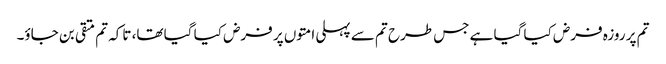
تم پر روزہ فرض کیا گیا ہے جس طرح تم سے پہلی امتوں پر فرض کیا گیا تھا، تاکہ تم متقی بن جاؤ۔